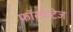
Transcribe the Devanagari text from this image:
फॉस्फेटेज